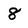
Character: 8